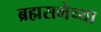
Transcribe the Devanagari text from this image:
ब्रह्मसभेच्या